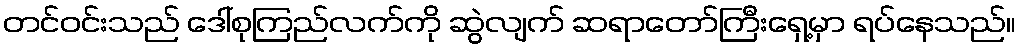
တင်ဝင်းသည် ဒေါ်စုကြည်လက်ကို ဆွဲလျက် ဆရာတော်ကြီးရှေ့မှာ ရပ်နေသည်။